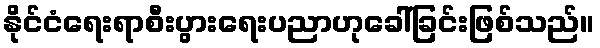
နိုင်ငံရေးရာစီးပွားရေးပညာဟုခေါ်ခြင်းဖြစ်သည်။